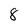
Character: 8